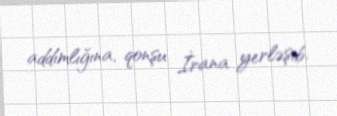
addımlığına, qonşu İrana yerləşib.